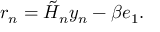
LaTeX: r _ { n } = { \tilde { H } } _ { n } y _ { n } - \beta e _ { 1 } .